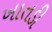
ખાતડી